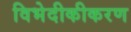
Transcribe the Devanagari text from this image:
विभेदीकीकरण